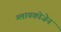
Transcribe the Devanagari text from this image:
ग्लायकोजेन